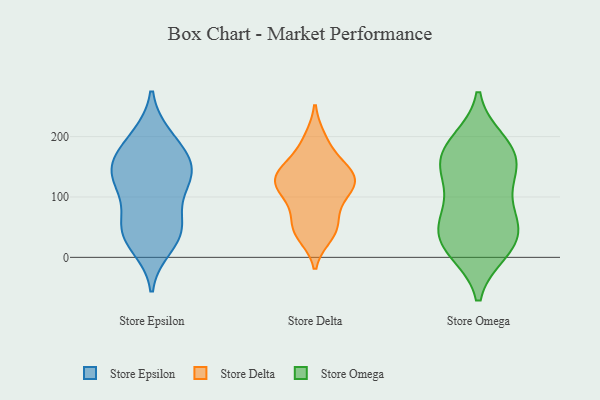
{"axis": {"x": "Website Visitors", "y": "Value"}, "legend": ["Store Delta", "Store Epsilon", "Store Omega"], "data": [{"x": "", "y": 19, "type": "Store Epsilon"}, {"x": "", "y": 54, "type": "Store Epsilon"}, {"x": "", "y": 106, "type": "Store Epsilon"}, {"x": "", "y": 45, "type": "Store Epsilon"}, {"x": "", "y": 40, "type": "Store Epsilon"}, {"x": "", "y": 132, "type": "Store Epsilon"}, {"x": "", "y": 122, "type": "Store Epsilon"}, {"x": "", "y": 154, "type": "Store Epsilon"}, {"x": "", "y": 152, "type": "Store Epsilon"}, {"x": "", "y": 138, "type": "Store Epsilon"}, {"x": "", "y": 199, "type": "Store Epsilon"}, {"x": "", "y": 163, "type": "Store Epsilon"}, {"x": "", "y": 194, "type": "Store Epsilon"}, {"x": "", "y": 46, "type": "Store Epsilon"}, {"x": "", "y": 88, "type": "Store Delta"}, {"x": "", "y": 117, "type": "Store Delta"}, {"x": "", "y": 47, "type": "Store Delta"}, {"x": "", "y": 132, "type": "Store Delta"}, {"x": "", "y": 140, "type": "Store Delta"}, {"x": "", "y": 50, "type": "Store Delta"}, {"x": "", "y": 116, "type": "Store Delta"}, {"x": "", "y": 43, "type": "Store Delta"}, {"x": "", "y": 133, "type": "Store Delta"}, {"x": "", "y": 37, "type": "Store Delta"}, {"x": "", "y": 152, "type": "Store Delta"}, {"x": "", "y": 194, "type": "Store Delta"}, {"x": "", "y": 89, "type": "Store Delta"}, {"x": "", "y": 51, "type": "Store Delta"}, {"x": "", "y": 161, "type": "Store Delta"}, {"x": "", "y": 123, "type": "Store Delta"}, {"x": "", "y": 113, "type": "Store Delta"}, {"x": "", "y": 196, "type": "Store Delta"}, {"x": "", "y": 142, "type": "Store Delta"}, {"x": "", "y": 122, "type": "Store Delta"}, {"x": "", "y": 63, "type": "Store Omega"}, {"x": "", "y": 27, "type": "Store Omega"}, {"x": "", "y": 66, "type": "Store Omega"}, {"x": "", "y": 184, "type": "Store Omega"}, {"x": "", "y": 112, "type": "Store Omega"}, {"x": "", "y": 137, "type": "Store Omega"}, {"x": "", "y": 10, "type": "Store Omega"}, {"x": "", "y": 49, "type": "Store Omega"}, {"x": "", "y": 143, "type": "Store Omega"}, {"x": "", "y": 192, "type": "Store Omega"}, {"x": "", "y": 161, "type": "Store Omega"}, {"x": "", "y": 155, "type": "Store Omega"}, {"x": "", "y": 61, "type": "Store Omega"}, {"x": "", "y": 16, "type": "Store Omega"}, {"x": "", "y": 14, "type": "Store Omega"}, {"x": "", "y": 183, "type": "Store Omega"}]}